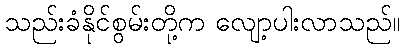
သည်းခံနိုင်စွမ်းတို့က လျော့ပါးလာသည်။